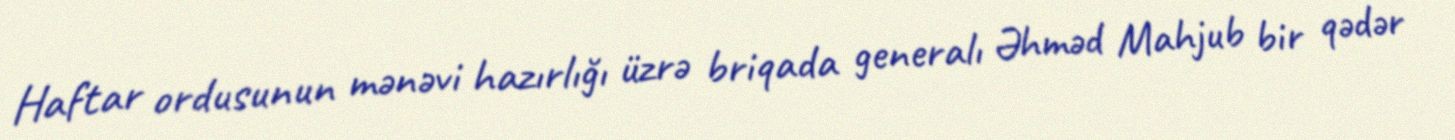
Haftar ordusunun mənəvi hazırlığı üzrə briqada generalı Əhməd Mahjub bir qədər